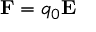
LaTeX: \mathbf { F } = q _ { 0 } \mathbf { E }